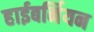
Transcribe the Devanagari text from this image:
हाईबर्नियन